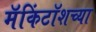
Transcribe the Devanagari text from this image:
मॅकिंटॉशच्या